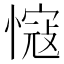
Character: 𢠠